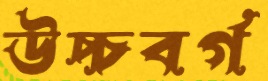
উচ্চবর্গ